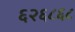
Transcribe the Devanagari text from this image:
६२६८६८